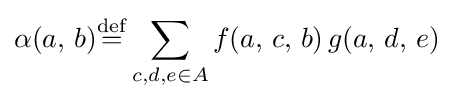
\alpha (a,\,b){\stackrel {\mathrm {def} }{=}}\displaystyle \sum \limits _{c,d,e\in A}f(a,\,c,\,b)\,g(a,\,d,\,e)